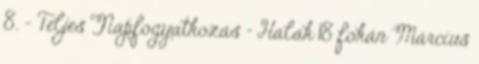
8. – Teljes Napfogyatkozás – Halak 18 fokán Március